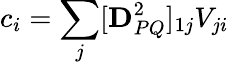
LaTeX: c_{i}=\sum_{j}[\mathbf{D}_{PQ}^{2}]_{1j}V_{ji}